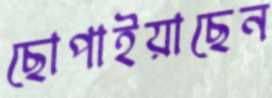
ছোপাইয়াছেন